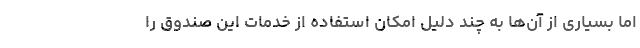
اما بسیاری از آن‌ها به چند دلیل امکان استفاده از خدمات این صندوق را